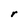
Character: r